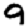
Digit: 9